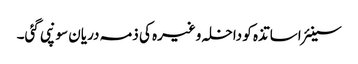
سینئر اساتذہ کو داخلہ وغیرہ کی ذمہ دریان سونپی گئی۔